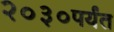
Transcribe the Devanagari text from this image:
२०३०पर्यंत